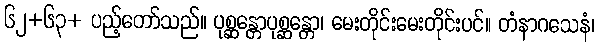
၆၂+၆၃+ ပည့်တော်သည်။ ပုစ္ဆန္တောပုစ္ဆန္တော၊ မေးတိုင်းမေးတိုင်းပင်။ တံနာဂသေနံ၊